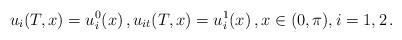
LaTeX: \begin{align*}u_i(T,x)=u_{i}^{0}(x)\,,u_{it}(T,x)=u_{i}^{1}(x)\,,x\in(0,\pi),i=1,2\,.\end{align*}